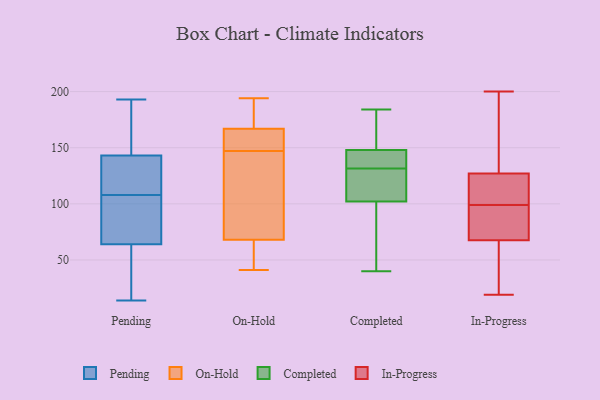
{"axis": {"x": "Net Income (USD K)", "y": "Value"}, "legend": ["Completed", "In-Progress", "On-Hold", "Pending"], "data": [{"x": "", "y": 52, "type": "Pending"}, {"x": "", "y": 36, "type": "Pending"}, {"x": "", "y": 193, "type": "Pending"}, {"x": "", "y": 146, "type": "Pending"}, {"x": "", "y": 143, "type": "Pending"}, {"x": "", "y": 115, "type": "Pending"}, {"x": "", "y": 143, "type": "Pending"}, {"x": "", "y": 108, "type": "Pending"}, {"x": "", "y": 14, "type": "Pending"}, {"x": "", "y": 142, "type": "Pending"}, {"x": "", "y": 68, "type": "Pending"}, {"x": "", "y": 82, "type": "Pending"}, {"x": "", "y": 99, "type": "Pending"}, {"x": "", "y": 55, "type": "On-Hold"}, {"x": "", "y": 41, "type": "On-Hold"}, {"x": "", "y": 183, "type": "On-Hold"}, {"x": "", "y": 88, "type": "On-Hold"}, {"x": "", "y": 68, "type": "On-Hold"}, {"x": "", "y": 140, "type": "On-Hold"}, {"x": "", "y": 155, "type": "On-Hold"}, {"x": "", "y": 194, "type": "On-Hold"}, {"x": "", "y": 154, "type": "On-Hold"}, {"x": "", "y": 167, "type": "On-Hold"}, {"x": "", "y": 40, "type": "Completed"}, {"x": "", "y": 116, "type": "Completed"}, {"x": "", "y": 102, "type": "Completed"}, {"x": "", "y": 146, "type": "Completed"}, {"x": "", "y": 171, "type": "Completed"}, {"x": "", "y": 148, "type": "Completed"}, {"x": "", "y": 71, "type": "Completed"}, {"x": "", "y": 143, "type": "Completed"}, {"x": "", "y": 120, "type": "Completed"}, {"x": "", "y": 184, "type": "Completed"}, {"x": "", "y": 100, "type": "In-Progress"}, {"x": "", "y": 98, "type": "In-Progress"}, {"x": "", "y": 47, "type": "In-Progress"}, {"x": "", "y": 130, "type": "In-Progress"}, {"x": "", "y": 115, "type": "In-Progress"}, {"x": "", "y": 123, "type": "In-Progress"}, {"x": "", "y": 124, "type": "In-Progress"}, {"x": "", "y": 19, "type": "In-Progress"}, {"x": "", "y": 198, "type": "In-Progress"}, {"x": "", "y": 98, "type": "In-Progress"}, {"x": "", "y": 62, "type": "In-Progress"}, {"x": "", "y": 200, "type": "In-Progress"}, {"x": "", "y": 73, "type": "In-Progress"}, {"x": "", "y": 195, "type": "In-Progress"}, {"x": "", "y": 27, "type": "In-Progress"}, {"x": "", "y": 93, "type": "In-Progress"}]}